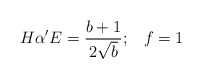
\begin{align*}H\alpha' E=\frac{b+1}{2\sqrt{b}};\;\;\;f=1\end{align*}